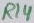
Text: R14